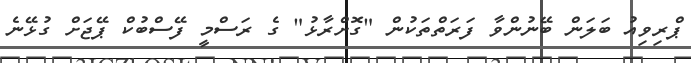
ޕްރިވިއު ބަލަން ބޭނުންވާ ފަރަތްތަކުން "ގޮށްރާޅު" ގެ ރަސްމީ ފޭސްބުކް ޕޭޖަށް ގުޅޭނެ